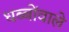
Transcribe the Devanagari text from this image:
धब्बोंवाले